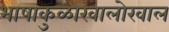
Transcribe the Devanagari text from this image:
भाषाकुळाखालोखाल